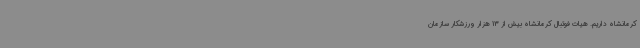
کرمانشاه داریم. هیات فوتبال کرمانشاه بیش از 13 هزار ورزشکار سازمان